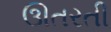
ઊતરતી